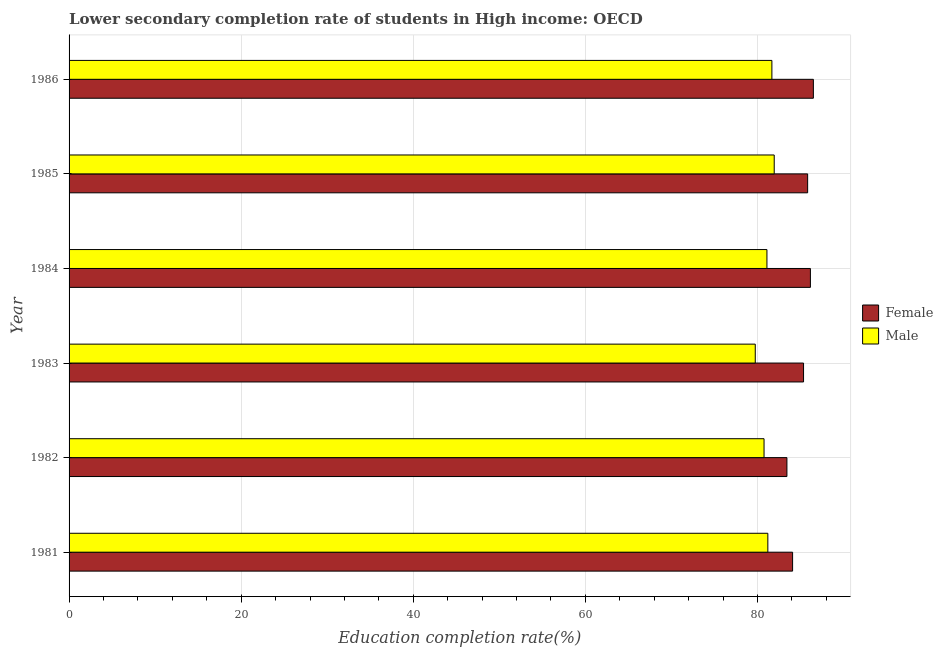
| Year | Female | Male |
 | --- | --- | --- |
 | 1981 | 84.1 | 81.2 |
 | 1982 | 83.4 | 80.8 |
 | 1983 | 85.4 | 79.7 |
 | 1984 | 86.2 | 81.1 |
 | 1985 | 85.8 | 82 |
 | 1986 | 86.5 | 81.7 |